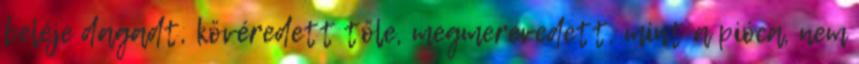
beléje dagadt, kövéredett tőle, megmerevedett, mint a pióca, nem